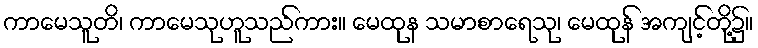
ကာမေသူတိ၊ ကာမေသုဟူသည်ကား။ မေထုန သမာစာရေသု၊ မေထုန် အကျင့်တို့၌။